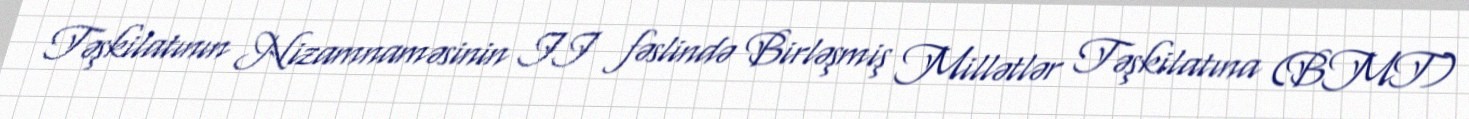
Təşkilatının Nizamnaməsinin II fəslində Birləşmiş Millətlər Təşkilatına (BMT)